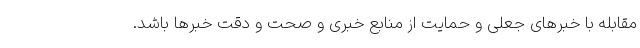
مقابله با خبرهای جعلی و حمایت از منابع خبری و صحت و دقت خبرها باشد.